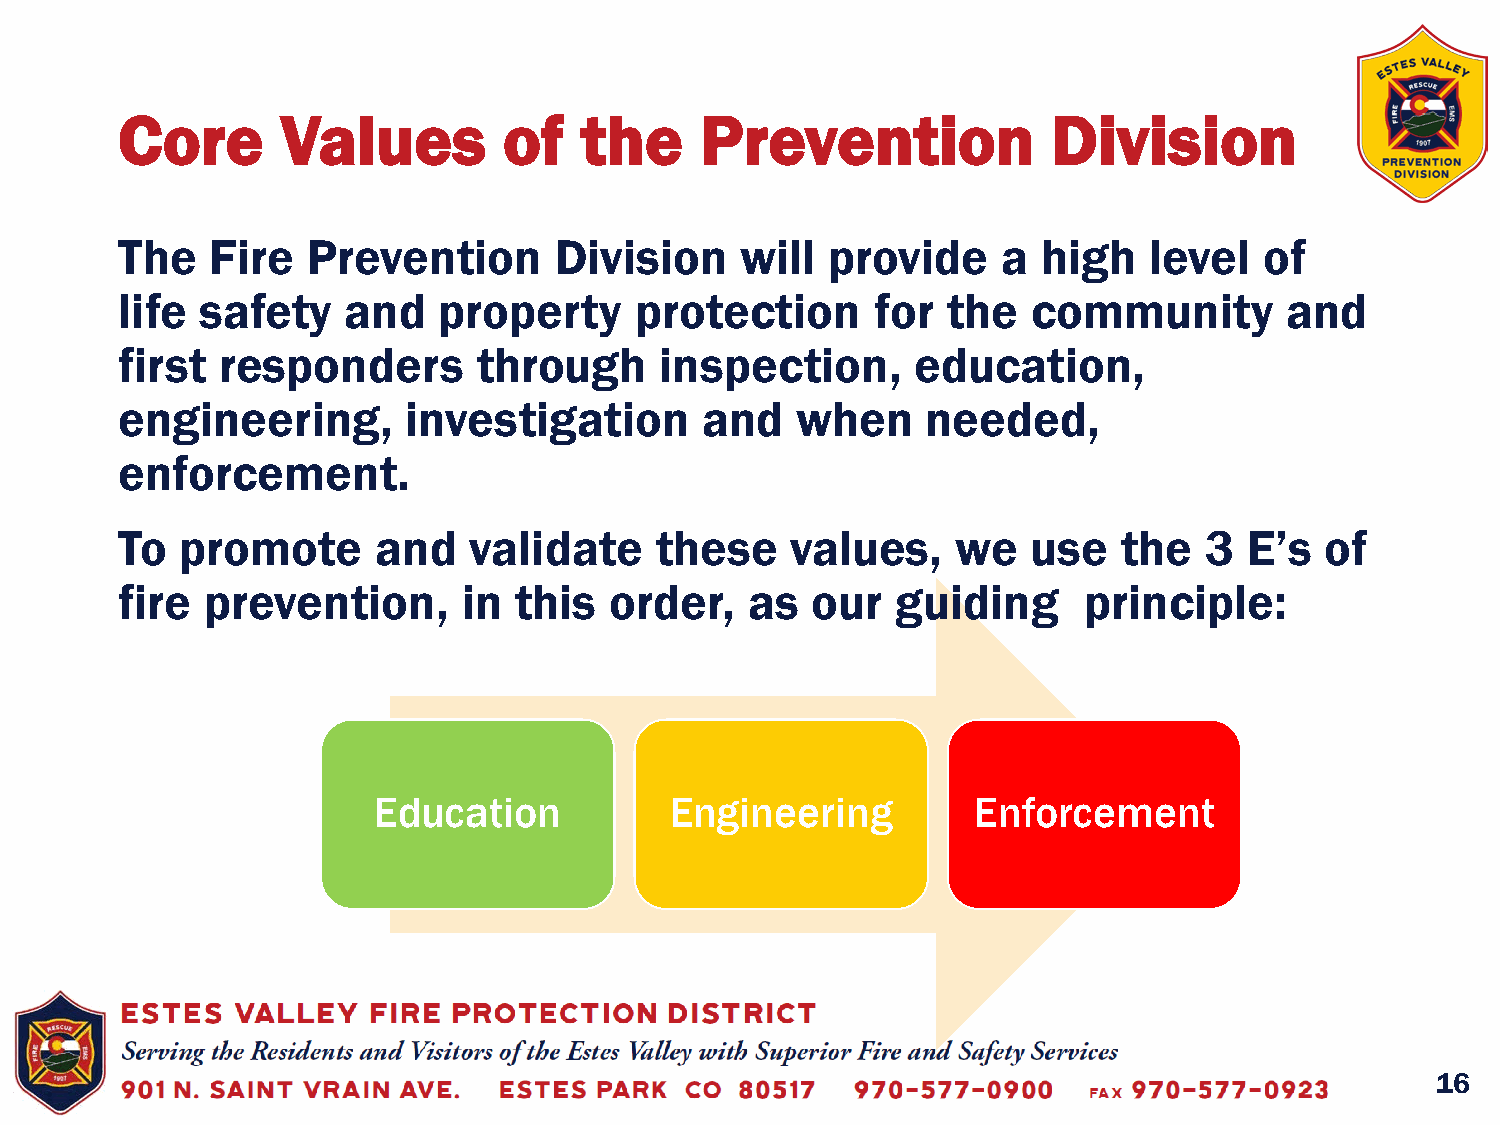
Core       Values        of   the     Prevention              Division
 The   Fire  Prevention       Division    will  provide    a  high   level   of
 life safety    and   property     protection      for  the  community        and
 first  responders       through     inspection,      education,
 engineering,       investigation      and    when    needed,
 enforcement.
 To  promote      and   validate    these    values,    we   use   the   3  E’s  of
 fire  prevention,      in this  order,    as  our  guiding      principle:
 Education          Engineering          Enforcement
 16